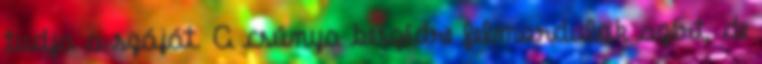
tudja a száját. A csúnya beszédre felmordulok azért, de